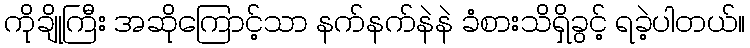
ကိုချိုကြီး အဆိုကြောင့်သာ နက်နက်နဲနဲ ခံစားသိရှိခွင့် ရခဲ့ပါတယ်။